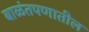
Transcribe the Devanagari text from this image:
बाळंतपणातील